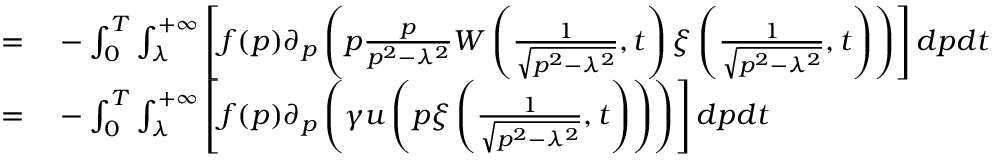
\begin{array} { r l } { = } & { { } - \int _ { 0 } ^ { T } \int _ { \lambda } ^ { + \infty } \left[ f ( p ) \partial _ { p } \left( p \frac { p } { p ^ { 2 } - \lambda ^ { 2 } } W \left( \frac { 1 } { \sqrt { p ^ { 2 } - \lambda ^ { 2 } } } , t \right) \xi \left( \frac { 1 } { \sqrt { p ^ { 2 } - \lambda ^ { 2 } } } , t \right) \right) \right] d p d t } \\ { = } & { { } - \int _ { 0 } ^ { T } \int _ { \lambda } ^ { + \infty } \left[ f ( p ) \partial _ { p } \left( \gamma u \left( p \xi \left( \frac { 1 } { \sqrt { p ^ { 2 } - \lambda ^ { 2 } } } , t \right) \right) \right) \right] d p d t } \end{array}